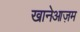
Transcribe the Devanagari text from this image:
खानेआज़म